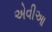
એવીઆ